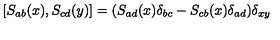
\left[ S _ { a b } ( x ) , S _ { c d } ( y ) \right] = ( S _ { a d } ( x ) \delta _ { b c } - S _ { c b } ( x ) \delta _ { a d } ) \delta _ { x y }